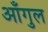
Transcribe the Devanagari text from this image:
आँगुल